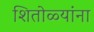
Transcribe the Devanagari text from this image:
शितोळ्यांना